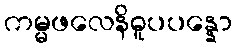
ကမ္မဖလေနိဓူပပန္နော